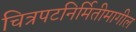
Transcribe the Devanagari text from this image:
चित्रपटनिर्मितीमागील